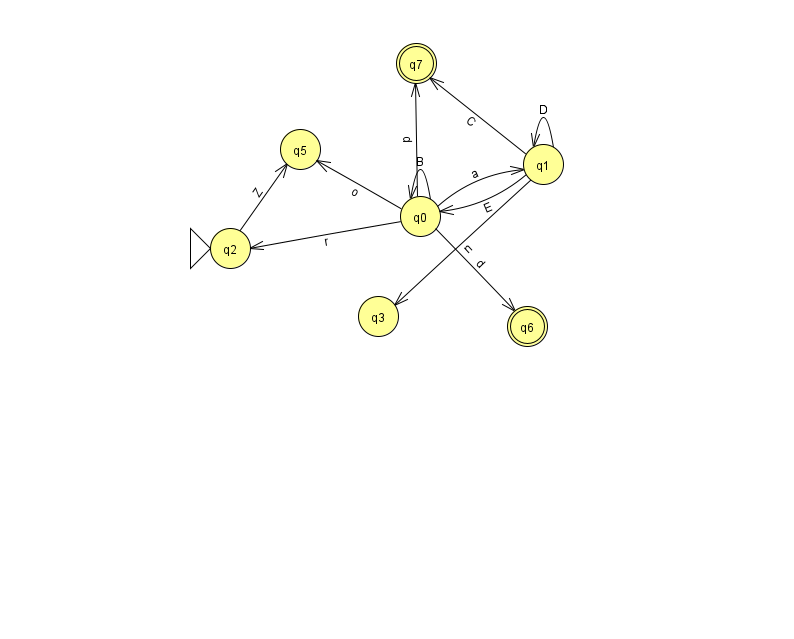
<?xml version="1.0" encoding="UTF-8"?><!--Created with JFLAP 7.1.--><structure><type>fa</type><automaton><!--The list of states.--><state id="0" name="q0"><x>420.0</x><y>203.0</y></state><state id="1" name="q1"><x>543.0</x><y>151.0</y></state><state id="2" name="q2"><x>230.0</x><y>235.0</y><initial/></state><state id="3" name="q3"><x>378.0</x><y>303.0</y></state><state id="5" name="q5"><x>300.0</x><y>136.0</y></state><state id="6" name="q6"><x>527.0</x><y>313.0</y><final/></state><state id="7" name="q7"><x>416.0</x><y>50.0</y><final/></state><!--The list of transitions.--><transition><from>1</from><to>0</to><read>E</read></transition><transition><from>1</from><to>3</to><read>n</read></transition><transition><from>0</from><to>0</to><read>B</read></transition><transition><from>0</from><to>1</to><read>a</read></transition><transition><from>1</from><to>1</to><read>D</read></transition><transition><from>1</from><to>7</to><read>C</read></transition><transition><from>0</from><to>5</to><read>o</read></transition><transition><from>0</from><to>7</to><read>d</read></transition><transition><from>0</from><to>6</to><read>d</read></transition><transition><from>2</from><to>5</to><read>Z</read></transition><transition><from>0</from><to>2</to><read>r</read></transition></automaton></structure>